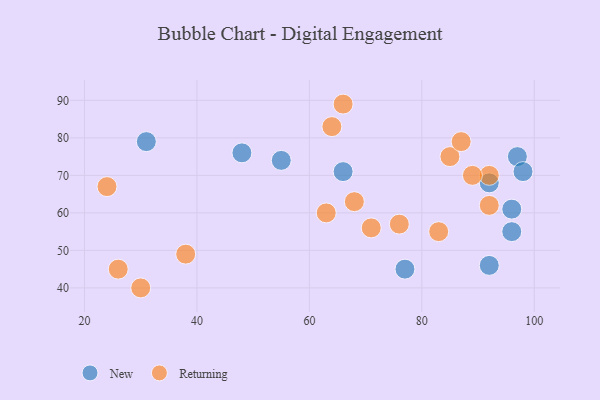
{"axis": {"x": "GDP", "y": "Life Expectancy"}, "legend": ["New", "Returning"], "data": [{"x": "77", "y": 45, "type": "New"}, {"x": "55", "y": 74, "type": "New"}, {"x": "97", "y": 75, "type": "New"}, {"x": "96", "y": 55, "type": "New"}, {"x": "66", "y": 71, "type": "New"}, {"x": "98", "y": 71, "type": "New"}, {"x": "92", "y": 46, "type": "New"}, {"x": "31", "y": 79, "type": "New"}, {"x": "96", "y": 61, "type": "New"}, {"x": "48", "y": 76, "type": "New"}, {"x": "92", "y": 68, "type": "New"}, {"x": "68", "y": 63, "type": "Returning"}, {"x": "92", "y": 70, "type": "Returning"}, {"x": "83", "y": 55, "type": "Returning"}, {"x": "24", "y": 67, "type": "Returning"}, {"x": "30", "y": 40, "type": "Returning"}, {"x": "71", "y": 56, "type": "Returning"}, {"x": "38", "y": 49, "type": "Returning"}, {"x": "85", "y": 75, "type": "Returning"}, {"x": "63", "y": 60, "type": "Returning"}, {"x": "26", "y": 45, "type": "Returning"}, {"x": "64", "y": 83, "type": "Returning"}, {"x": "89", "y": 70, "type": "Returning"}, {"x": "76", "y": 57, "type": "Returning"}, {"x": "92", "y": 62, "type": "Returning"}, {"x": "87", "y": 79, "type": "Returning"}, {"x": "66", "y": 89, "type": "Returning"}]}